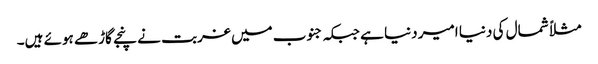
مثلاً شمال کی دنیا امیر دنیا ہے جبکہ جنوب میں غربت نے پنجے گاڑھے ہوئے ہیں۔